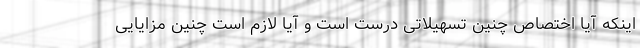
اینکه آیا اختصاص چنین تسهیلاتی درست است و آیا لازم است چنین مزایایی